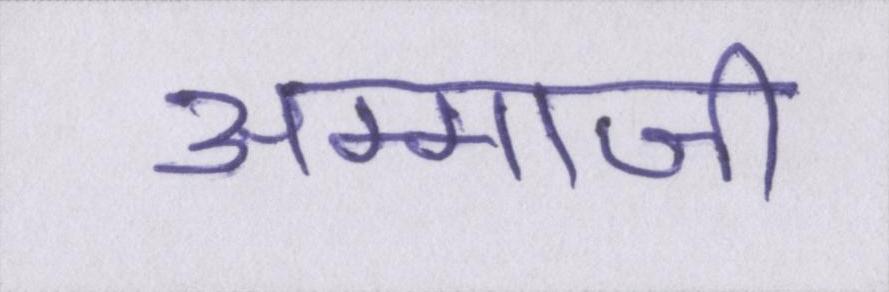
अम्माजी